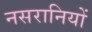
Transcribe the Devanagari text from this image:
नसरानियों